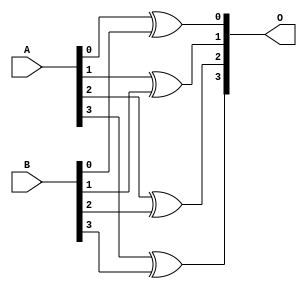
`timescale 1ns / 1ps
//////////////////////////////////////////////////////////////////////////////////
// Company: 
// Engineer: 
// 
// Design Name: 
// Module Name: GF2p4_addition
// Project Name: 
// Target Devices: 
// Tool Versions: 
// Description: 
// 
// Dependencies: 
// 
// Revision:
// Revision 0.01 - File Created
// Additional Comments:
// 
//////////////////////////////////////////////////////////////////////////////////

//1
module GF2p4_addition(O,A,B);
input [3:0] A;   //input nibble
input [3:0] B;   //input nibble                     
output [3:0] O;  //output nibble       
//---------------------------                  
assign O[0]=A[0]^B[0];
assign O[1]=A[1]^B[1];
assign O[2]=A[2]^B[2];
assign O[3]=A[3]^B[3];
endmodule